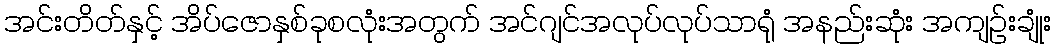
အင်းတိတ်နှင့် အိပ်ဇောနှစ်ခုစလုံးအတွက် အင်ဂျင်အလုပ်လုပ်သာရုံ အနည်းဆုံး အကျဉ်းချုံး